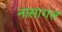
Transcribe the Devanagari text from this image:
नासागत